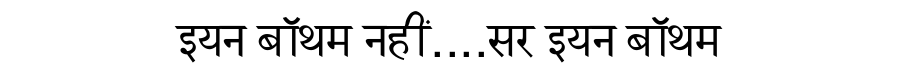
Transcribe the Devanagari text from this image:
इयन बॉथम नहीं....सर इयन बॉथम